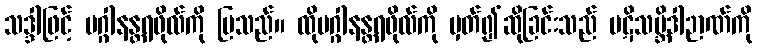
သဒ္ဒါဖြင့် မဂ္ဂါနန္တရဖိုလ်ကို ပြသည်။ ထိုမဂ္ဂါနန္တရဖိုလ်ကို မှတ်၍ဆိုခြင်းသည် ပဋိသမ္ဘိဒါဉာဏ်ကို